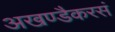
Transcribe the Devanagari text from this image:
अखण्डैकरसं